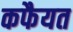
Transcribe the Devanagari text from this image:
कफैयत